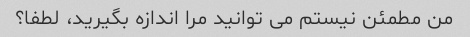
من مطمئن نیستم می توانید مرا اندازه بگیرید، لطفا؟